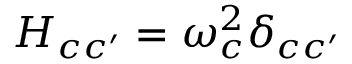
H _ { c c ^ { \prime } } = \omega _ { c } ^ { 2 } \delta _ { c c ^ { \prime } }